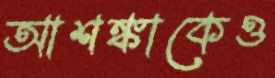
আশঙ্কাকেও